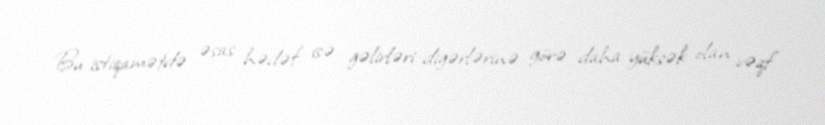
Bu istiqamətdə əsas hədəf isə gəlirləri digərlərinə görə daha yüksək olan vəqf